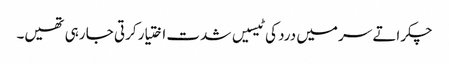
چکراتے سر میں درد کی ٹیسیں شدت اختیار کرتی جا رہی تھیں۔